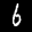
Label: 6